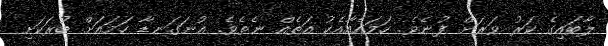
ލާބައިގެ ކަރު ވަރަށް ފުނެވެ. ހަމައެއާއެކު އަތެއް ނެތެވެ. އުނަގަނޑާ ހަމައަށް ބުރަކަށި